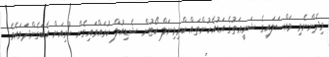
މިދެންނެވި މައްސަލައިގެ ޝަރީޢަތުގެ އަޑުއެހުންތައް ކްރިމިނަލް ކޯޓުން ޝެޑިއުލް ކުރައްވައިގެން ކުރިއަށް އެބަގެންދަވައެވެ.